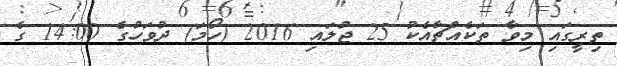
ތިރީގައި މިވާ ތަކެއްޗާއެކު 25 ޖުލައި 2016 (ހޯމަ) ދުވަހުގެ 14:00 ގެ